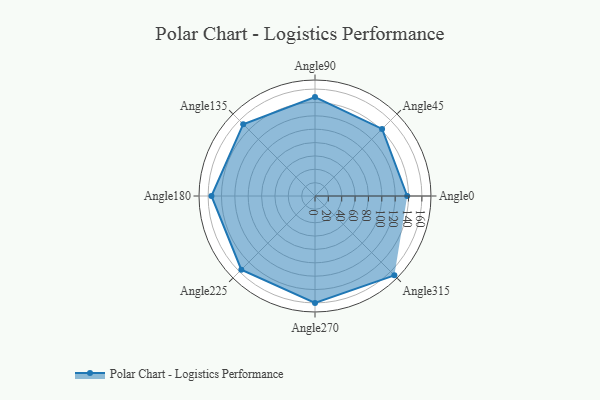
{"axis": {"x": "Angle", "y": "Radius"}, "legend": [""], "data": [{"x": "Angle0", "y": 138.0, "type": ""}, {"x": "Angle45", "y": 142.0, "type": ""}, {"x": "Angle90", "y": 148.0, "type": ""}, {"x": "Angle135", "y": 152.0, "type": ""}, {"x": "Angle180", "y": 155.0, "type": ""}, {"x": "Angle225", "y": 156.0, "type": ""}, {"x": "Angle270", "y": 160.0, "type": ""}, {"x": "Angle315", "y": 168.0, "type": ""}]}